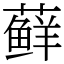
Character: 藓